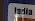
india